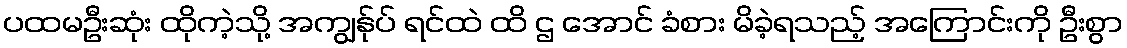
ပထမဦးဆုံး ထိုကဲ့သို့ အကျွန်ုပ် ရင်ထဲ ထိ ဌ အောင် ခံစား မိခဲ့ရသည့် အကြောင်းကို ဦးစွာ